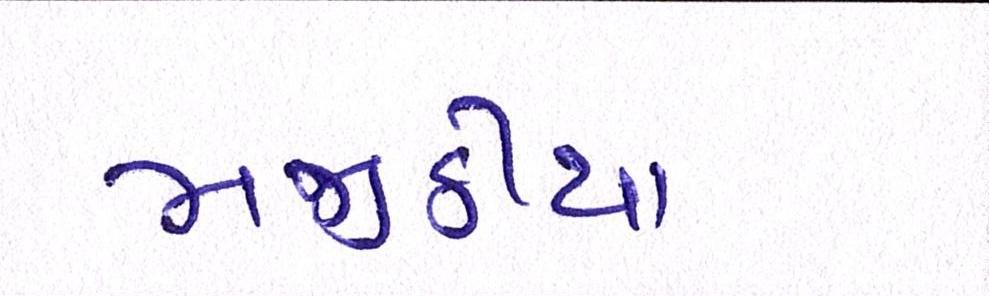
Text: મજીઠીયા